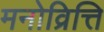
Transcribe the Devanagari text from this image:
मनोव्रित्ति